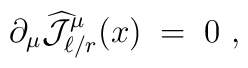
\partial_\mu \widehat{{\mathcal J}}_{\ell/r}^\mu (x) \;=\; 0~,